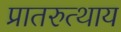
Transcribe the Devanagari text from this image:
प्रातरुत्थाय